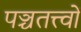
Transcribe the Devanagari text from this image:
पञ्चतत्त्वों